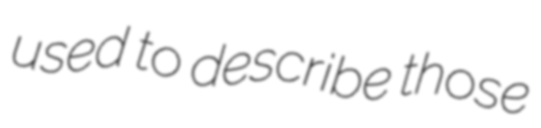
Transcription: used to describe those